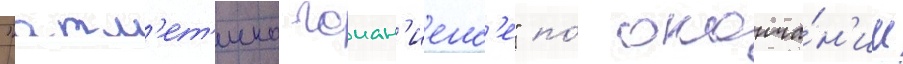
"атл'ет'ико гоиан'иенс'е" по́ оконча́н'ии